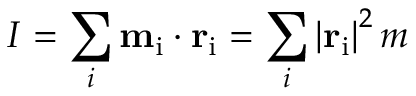
I = \sum _ { i } \mathbf { m } _ { \mathrm { i } } \cdot \mathbf { r } _ { \mathrm { i } } = \sum _ { i } \left| \mathbf { r } _ { \mathrm { i } } \right| ^ { 2 } m